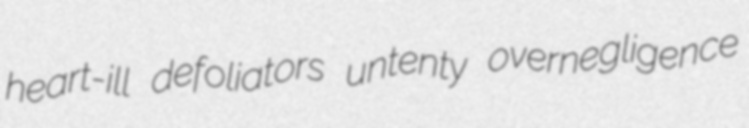
heart-ill defoliators untenty overnegligence